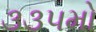
૩૩૫મો